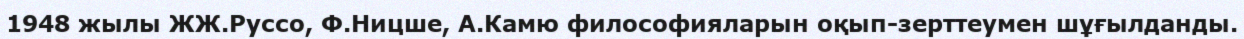
1948 жылы ЖЖ.Руссо, Ф.Ницше, А.Камю философияларын оқып-зерттеумен шұғылданды.